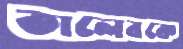
তালেবকে